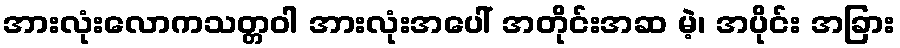
အားလုံးလောကသတ္တဝါ အားလုံးအပေါ် အတိုင်းအဆ မဲ့၊ အပိုင်း အခြား